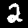
Label: 2